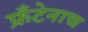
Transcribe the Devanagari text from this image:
फ्रँटेनाच